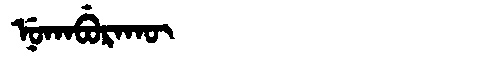
Manchu: ᠨᡠᡴᠠᠪᡠᡵᠠᡴᡡ
Romanization: NUKABURAKŪ